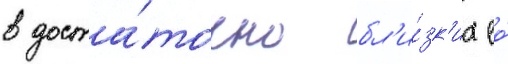
в доста́точно бл'и́зк'их ео́